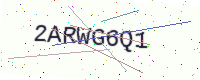
Text: 2ARWG6Q1